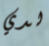
لدي